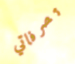
تصرفاتي